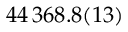
4 4 \, 3 6 8 . 8 ( 1 3 )